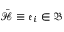
\bar { \mathcal { H } } \equiv \mathfrak { e } _ { i } \in \mathfrak { B }